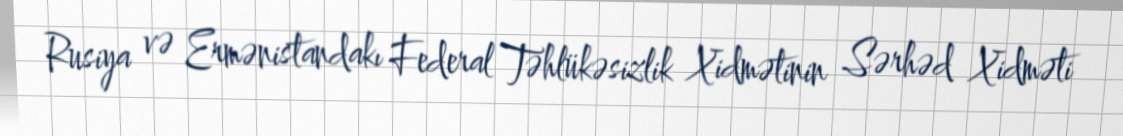
Rusiya və Ermənistandakı Federal Təhlükəsizlik Xidmətinin Sərhəd Xidməti